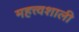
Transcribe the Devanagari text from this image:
महत्त्वशाली